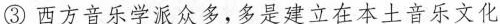
③西方音乐学派众多，多是建立在本土音乐文化